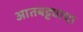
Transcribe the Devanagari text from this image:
आतबट्ट्याचा